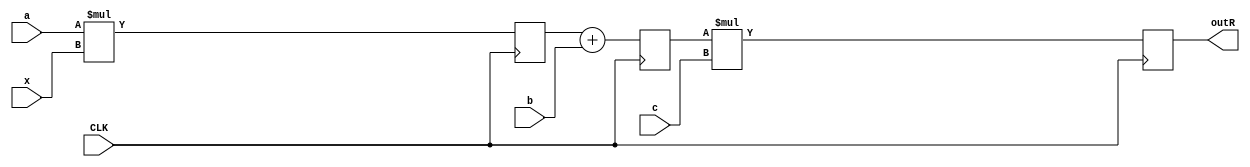
module datapathA_behavioral
			#(parameter WLx = 8, parameter WLc = 8)
			( input signed [WLx-1:0] x,
			  input signed [WLc-1:0] a, b, c,
			  input CLK,
			  output reg signed [((WLx+WLc)+(WLc)):0] outR
			);
			
			reg signed [(WLx+WLc-1):0] mulR;
			reg signed [(WLx+WLc):0] addR;
			//reg [((WLx+WLc)+(WLc)-1):0] outR;
			always @(posedge CLK) begin
			mulR <= a * x;
			addR <= mulR + b;
			outR <= addR * c;
			end

endmodule